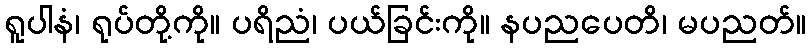
ရူပါနံ၊ ရုပ်တို့ကို။ ပရိညံ၊ ပယ်ခြင်းကို။ နပညပေတိ၊ မပညတ်။